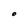
Character: O